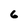
Character: 6